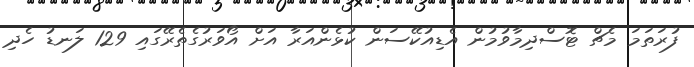
ފުރަތަމަ މެޗް ޓޮސްދިމާވުމުން އެޑިއުކޭސަން ކުޅެންއަރާ އަށް އޯވަރުގެތެރޭގައި 129 ލަނޑު ހެދި